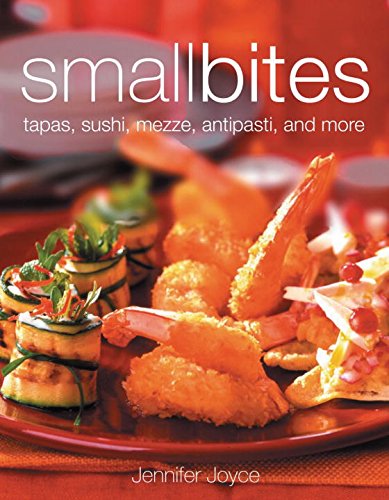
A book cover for Small Bites; Jennifer Joyce; Cookbooks, Food & Wine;